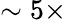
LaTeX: \sim 5\times